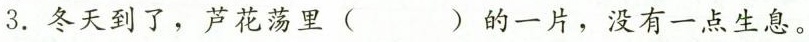
3. 冬天到了，芦花荡里 ( ) 的一片，没有一点生息。